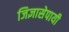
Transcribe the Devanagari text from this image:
जिज्ञासेपायी